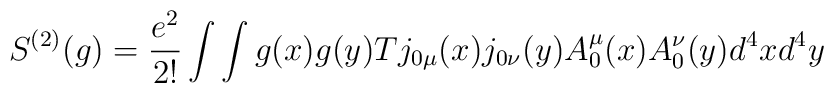
S^{\left( 2\right) }(g)=\frac{e^{2}}{2!}\int \int g(x)g(y)Tj_{0\mu}(x)j_{0\nu }(y)A_{0}^{\mu }(x)A_{0}^{\nu }(y)d^{4}xd^{4}y